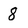
Character: 8